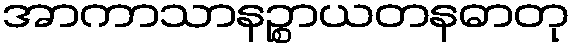
အာကာသာနဉ္စာယတနဓာတု